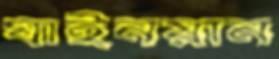
ঘাইনয়ান